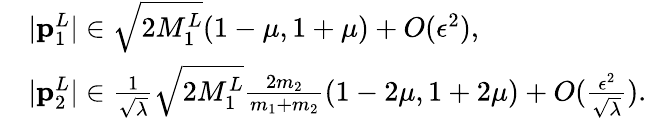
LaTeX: \begin{array}{rl}&{|\mathbf{p}_{1}^{L}|\in\sqrt{2M_{1}^{L}}(1-\mu,1+\mu)+O(\epsilon^{2}),}\\ &{|\mathbf{p}_{2}^{L}|\in\frac{1}{\sqrt{\lambda}}\sqrt{2M_{1}^{L}}\frac{2m_{2}}{m_{1}+m_{2}}(1-2\mu,1+2\mu)+O(\frac{\epsilon^{2}}{\sqrt{\lambda}}).}\end{array}